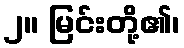
၂။ မြင်းတို့၏၊